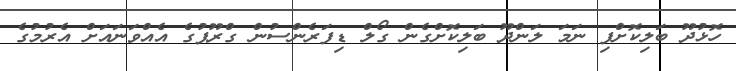
ހޮޅުދޫ ބަލިކޮށްފި ނަމަ ލަންދޫ ބަލިކޮށްގެން ގޯލް ޑިފަރެންސުން ގްރޫޕުގެ އެއްވަނައަށް އެރުމުގެ